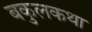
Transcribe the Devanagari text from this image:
बकुलकथा